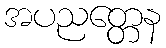
အပညတ္တေန